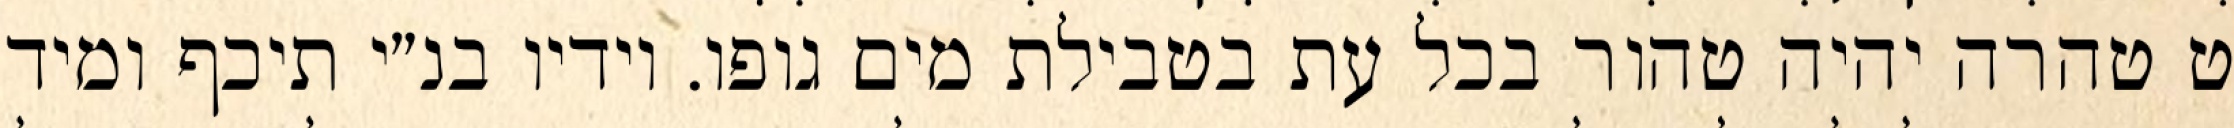
ט טהרה יהיה טהור בכל עת בטבילת מים גופו. וידיו בנ״י תיכף ומיד